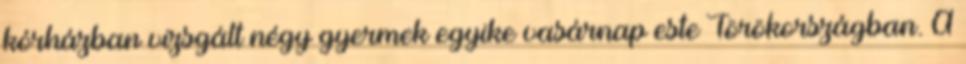
kórházban vizsgált négy gyermek egyike vasárnap este Törökországban. A